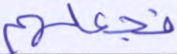
فجعلهم